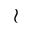
\wr